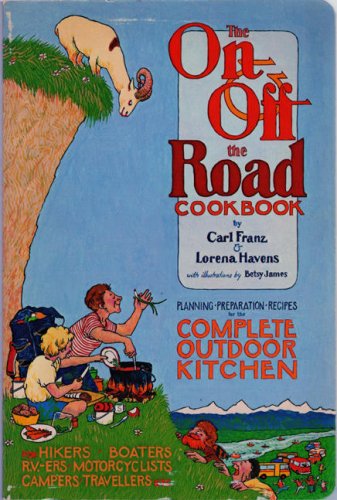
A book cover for On and Off the Road Cookbook; Carl Franz; Cookbooks, Food & Wine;